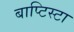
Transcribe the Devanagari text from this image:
बाप्टिस्टा